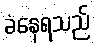
ခံနေရသည်